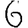
Digit: 6